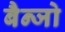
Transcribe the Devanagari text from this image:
बैन्जो